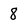
Character: 8